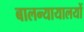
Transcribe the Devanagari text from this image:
बालन्यायालयों